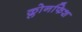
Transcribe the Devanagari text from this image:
क्लोनफिश